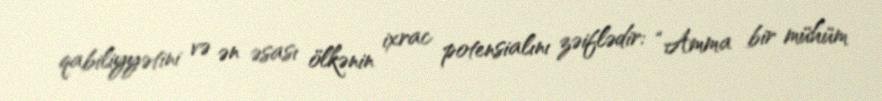
qabiliyyətini və ən əsası ölkənin ixrac potensialını zəiflədir: “Amma bir mühüm